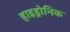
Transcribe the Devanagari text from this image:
हाइड्रोनिक